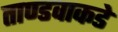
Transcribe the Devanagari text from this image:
ताण्डवाकडे